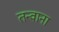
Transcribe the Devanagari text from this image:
तन्वाना